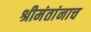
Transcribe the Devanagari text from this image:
श्रीमंतांनाच